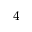
^ 4